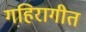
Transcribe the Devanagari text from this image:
गहिरागीत